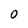
Character: 0